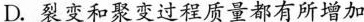
D.裂变和聚变过程质量都有所增加